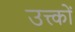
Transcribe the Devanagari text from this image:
उत्त्कों